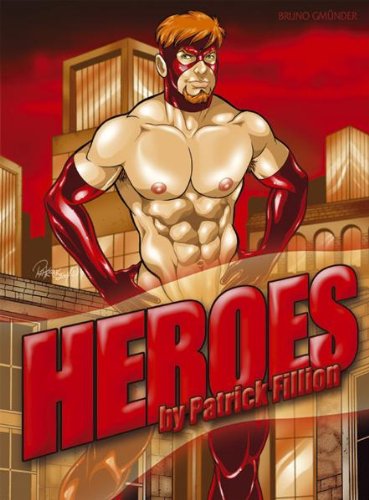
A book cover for Heroes; Romance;